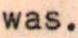
was.